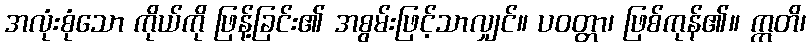
အလုံးစုံသော ကိုယ်ကို ဖြန့်ခြင်း၏ အစွမ်းဖြင့်သာလျှင်။ ပဝတ္တာ၊ ဖြစ်ကုန်၏။ ဣတိ၊